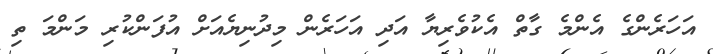
އަހަރެންގެ އެންމެ ގާތް އެކުވެރިޔާ އަދި އަހަރެން މިދުނިޔެއަށް އުފަންކުރި މަންމަ ތި